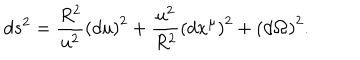
LaTeX: d s ^ { 2 } = \frac { R ^ { 2 } } { u ^ { 2 } } \left( d u \right) ^ { 2 } + \frac { u ^ { 2 } } { R ^ { 2 } } \left( d x ^ { \mu } \right) ^ { 2 } + \left( d { \bf \Omega } \right) ^ { 2 } .